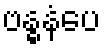
ဗန္ဓနံပေ